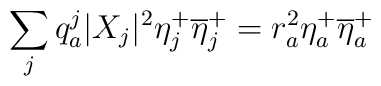
\sum_{j}q^j_a |X_{j}|^2\eta^+_j\overline{\eta}^+_j=r^2_a\eta_a^+\overline{\eta}^+_a